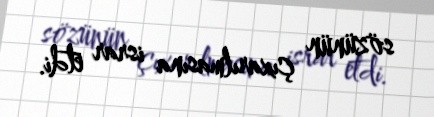
sözünün çıxarılmasına israr etdi.